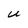
Character: U